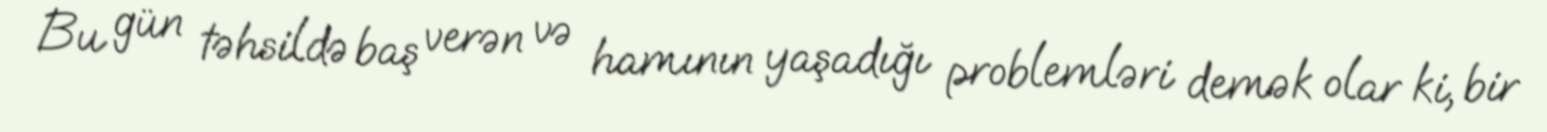
Bu gün təhsildə baş verən və hamının yaşadığı problemləri demək olar ki, bir